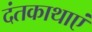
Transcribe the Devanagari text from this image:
दंतकाथाएं